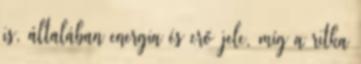
is, általában energia és erő jele, míg a ritka